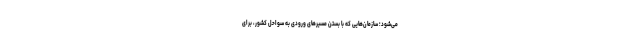
می‌شود؛ سازمان‌هایی که با بستن مسیرهای ورودی به سواحل کشور، برای